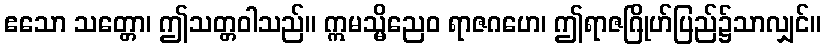
ဧသော သတ္တော၊ ဤသတ္တဝါသည်။ ဣမသ္မိညေဝ ရာဇဂဟေ၊ ဤရာဇဂြိုဟ်ပြည်၌သာလျှင်။